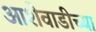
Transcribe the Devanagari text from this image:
आशेवाडीच्या